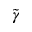
\tilde { \gamma }